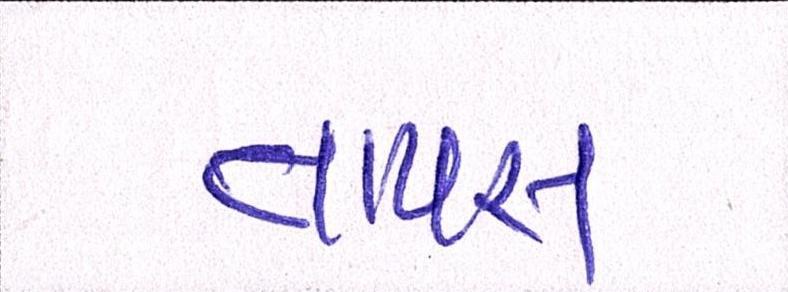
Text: તાપસ